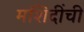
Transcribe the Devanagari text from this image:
मशिदींची